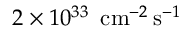
2 \times 1 0 ^ { 3 3 } ~ \, \mathrm { c m } ^ { - 2 } \, \mathrm { s } ^ { - 1 }